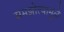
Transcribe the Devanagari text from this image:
समझोत्यामुळे